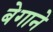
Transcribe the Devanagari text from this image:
बेगाने